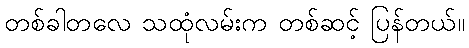
တစ်ခါတလေ သထုံလမ်းက တစ်ဆင့် ပြန်တယ်။